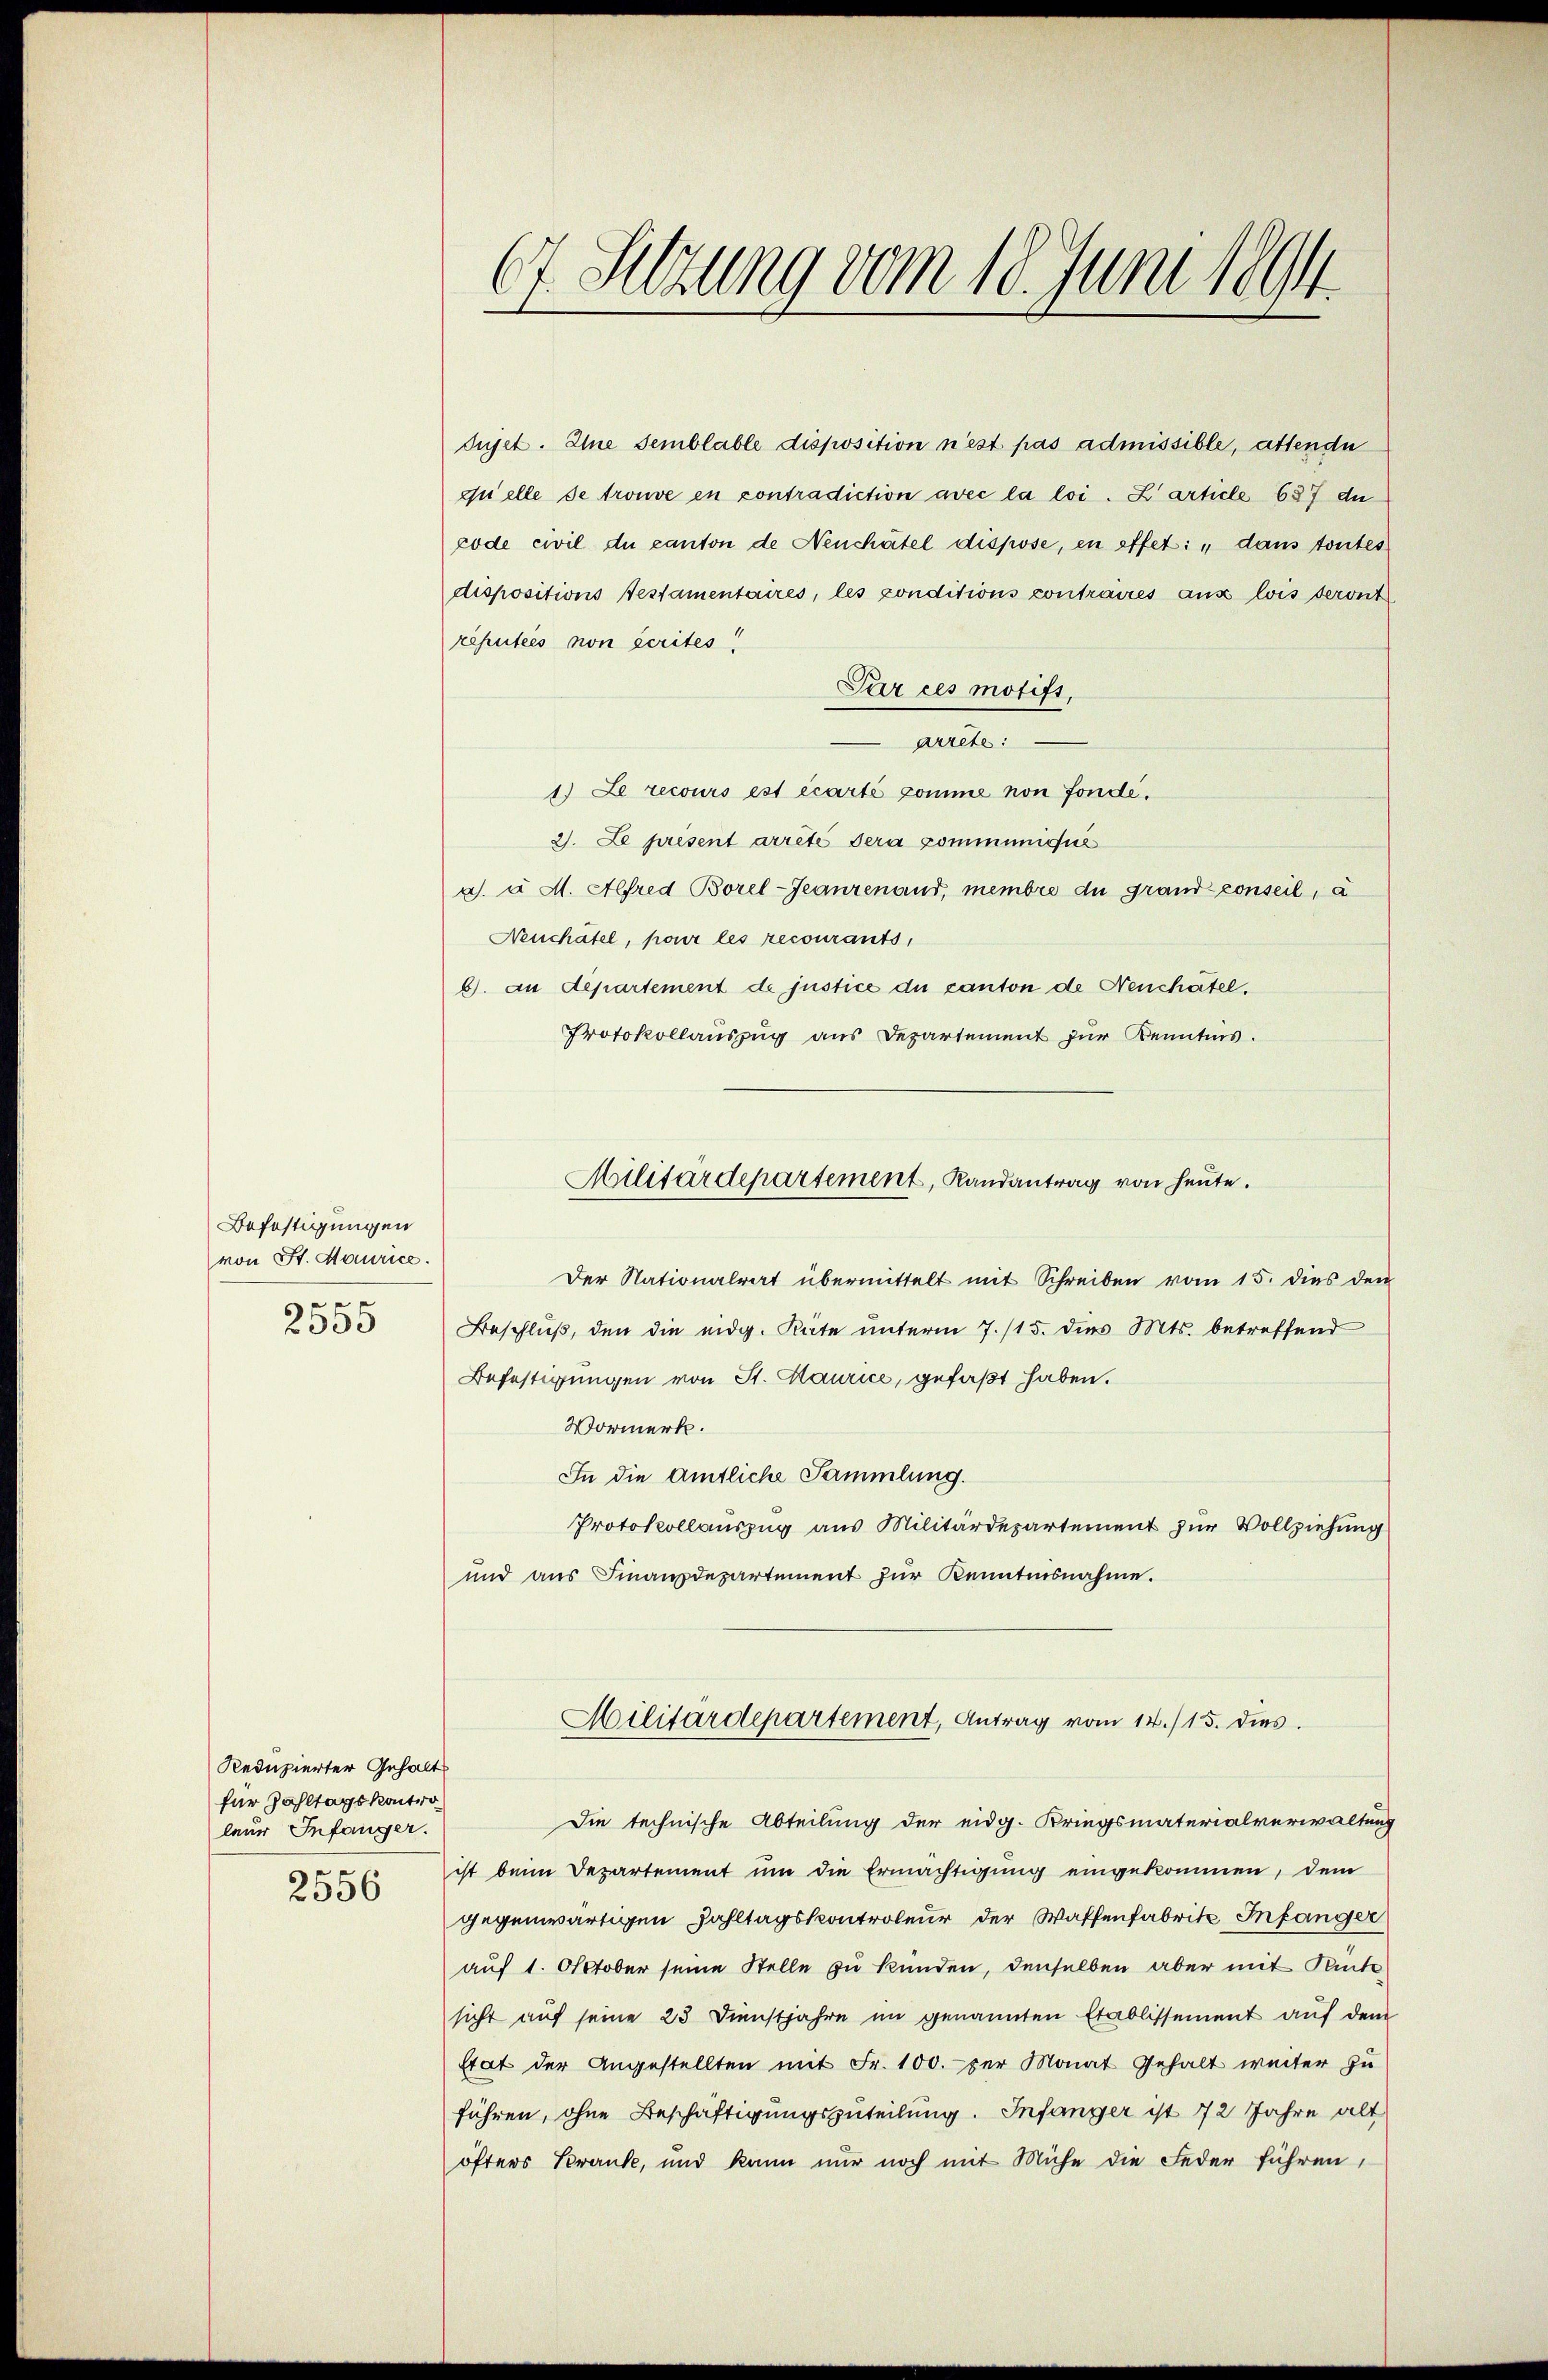
Befestigungen
von St. Maurice.
e
2300

dujet. Eine semblable disposition n’est pas admissible, attende
quelle de trouve en contradiction avec la loi. Zarticle 687 du
code civil du canton de Neuchâtel dispose, en effet: „dans toutes
dispositions Testamentaires, les conditions contraires ans lois seront
réputées non écrites!
Pur ces motift,
Arrete:
1.) Le recours est écarté comme non fondé.
2. Le present arrêté sera communicie
x. u M. Alfred Borel-Jeanzenaud, membre du grand conseil, a
Neuchatel, pour les recourants,
b). An Departement de justice du canton de Neuchatel.
Protokollauszug aus Departement zur Kenntnis.
Der Nationalrat übermittelt mit Schreiben vom 15. dies den
Beschluß, den die eidg. Räte unterm 7./15. dies Mts. betreffend
Befestigungen von St. Maurice, gefaßt haben.
Vormerk.
In die Amtliche Sammlung.
Protokollauszug aus Militärdepartement zur Vollziehung
und aus Finanzdepartement zur Kenntnisnahme.
Militärdepartement, Antrag vom 14./15. dies
Die technische Abteilung der eidg. Kriegsmaterialverwaltung
ist beim Departement um die Ermächtigung eingekommen, dem
gegenwärtigen Zahltagskontroleur der Waffenfabrite Infanger
auf 1. Oktober seine Stelle zu kunden, denselben aber mit Rück
sicht auf seine 23 Dienstjahre im genannten Etablissement auf dem
Etat der Angestellten mit Fr. 100.- per Monat Gehalt weiter zu
führen, ohne Beschäftigungszuteilung. Infanger ist 72 Jahre alt
öfters Kranke, und kann nur noch mit Miche die Feder führen,

Redupierter Gehalt
für Zahltagskontro
leur Infanger.
2556

67. Sitzung vom 18. Juni 1894.

Militärdepartement, Randantrag von heute.